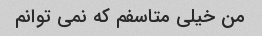
من خیلی متاسفم که نمی توانم